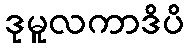
ဒုမူလကာဒိပိ